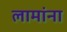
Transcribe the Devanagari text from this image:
लामांना